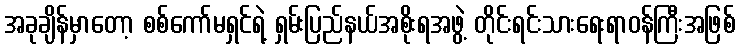
အခုချိန်မှာတော့ စစ်ကော်မရှင်ရဲ့ ရှမ်းပြည်နယ်အစိုးရအဖွဲ့ တိုင်းရင်းသားရေးရာဝန်ကြီးအဖြစ်